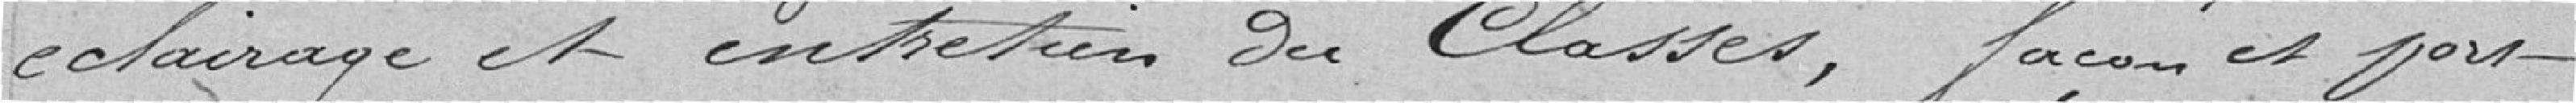
éclairage et entretien des Classes, façon et port